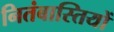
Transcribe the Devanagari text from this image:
नितंबास्तियों